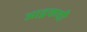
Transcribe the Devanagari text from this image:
आद्रकची